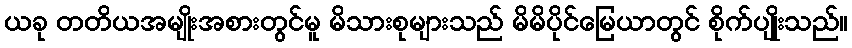
ယခု တတိယအမျိုးအစားတွင်မူ မိသားစုများသည် မိမိပိုင်မြေယာတွင် စိုက်ပျိုးသည်။